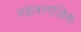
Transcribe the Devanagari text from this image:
नक्षत्रानजिक